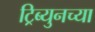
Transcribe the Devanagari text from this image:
ट्रिब्युनच्या